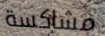
مشاكسة